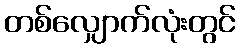
တစ်လျှောက်လုံးတွင်